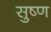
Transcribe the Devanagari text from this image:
सुष्ण